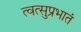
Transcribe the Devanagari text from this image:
त्वत्सुप्रभातं